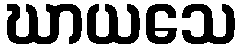
ဃာယသေ